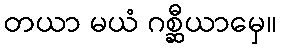
တယာ မယံ ဂစ္ဆီယာမှေ။